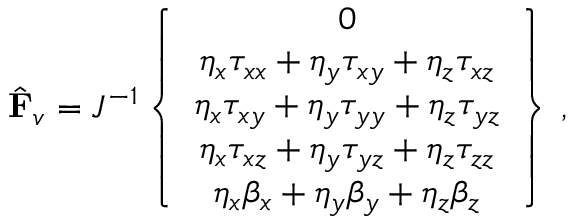
\hat { \mathbf { F } } _ { v } = J ^ { - 1 } \left\{ \begin{array} { c } { 0 } \\ { \eta _ { x } { \tau } _ { x x } + \eta _ { y } { \tau } _ { x y } + \eta _ { z } { \tau } _ { x z } } \\ { \eta _ { x } { \tau } _ { x y } + \eta _ { y } { \tau } _ { y y } + \eta _ { z } { \tau } _ { y z } } \\ { \eta _ { x } { \tau } _ { x z } + \eta _ { y } { \tau } _ { y z } + \eta _ { z } { \tau } _ { z z } } \\ { \eta _ { x } { \beta } _ { x } + \eta _ { y } { \beta } _ { y } + \eta _ { z } { \beta } _ { z } } \end{array} \right\} \, \mathrm { , }